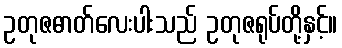
ဥတုဇဓာတ်လေးပါးသည် ဥတုဇရုပ်တို့နှင့်။